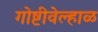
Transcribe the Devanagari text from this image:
गोष्टीवेल्हाळ